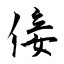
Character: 倿